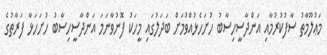
މަޢުލޫމާތު ސާފުކުރުމާއި އަންދާސީހިސާބު ހުށަހެޅުއްވުމަށް ބަދަލުގައި މީހަކު ފޮނުވާނަމަ އަންދާސީހިސާބު ހުށަހަޅާ ފަރާތުގެ